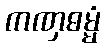
ကဏှဓမ္မံ